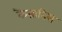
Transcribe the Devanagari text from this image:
कैन्नाबिस